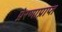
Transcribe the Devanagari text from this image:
प्रेरणाप्राप्त